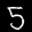
Label: 5